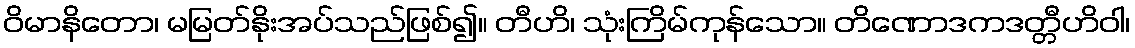
ဝိမာနိတော၊ မမြတ်နိုးအပ်သည်ဖြစ်၍။ တီဟိ၊ သုံးကြိမ်ကုန်သော။ တိဏောဒကဒတ္တီဟိဝါ၊